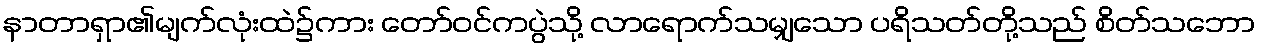
နာတာရှာ၏မျက်လုံးထဲ၌ကား တော်ဝင်ကပွဲသို့ လာရောက်သမျှသော ပရိသတ်တို့သည် စိတ်သဘော